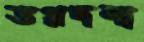
ভগ্নদশা